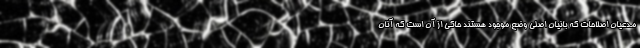
مدعیان اصلاحات که بانیان اصلی وضع موجود هستند حاکی از آن است که آنان